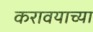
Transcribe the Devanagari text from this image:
करावयाच्‍या